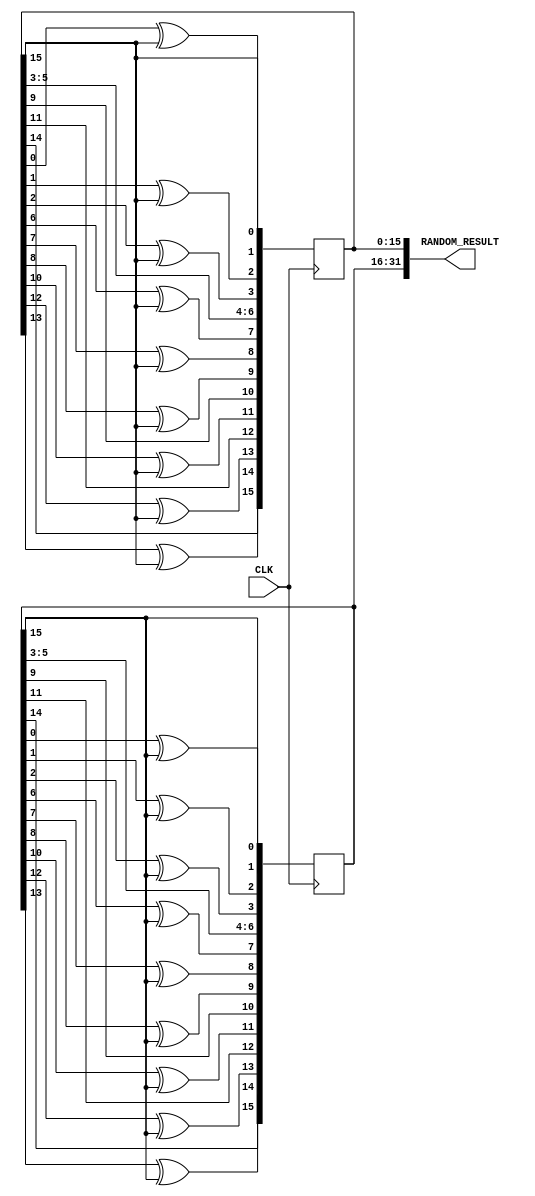
module RandomGenerator(CLK, RANDOM_RESULT);
	input CLK;
	output [31:0]RANDOM_RESULT;

	/*
	011100011101011065535
	*/

	reg [15:0]RANDOM_RESULT1 = 16'hf073;
	always @(posedge CLK)begin
		RANDOM_RESULT1[0] <= RANDOM_RESULT1[15];
		RANDOM_RESULT1[1] <= RANDOM_RESULT1[0] ^ RANDOM_RESULT1[15];
		RANDOM_RESULT1[2] <= RANDOM_RESULT1[1] ^ RANDOM_RESULT1[15];
		RANDOM_RESULT1[3] <= RANDOM_RESULT1[2] ^ RANDOM_RESULT1[15];
		RANDOM_RESULT1[4] <= RANDOM_RESULT1[3];
		RANDOM_RESULT1[5] <= RANDOM_RESULT1[4];
		RANDOM_RESULT1[6] <= RANDOM_RESULT1[5];
		RANDOM_RESULT1[7] <= RANDOM_RESULT1[6] ^ RANDOM_RESULT1[15];
		RANDOM_RESULT1[8] <= RANDOM_RESULT1[7] ^ RANDOM_RESULT1[15];
		RANDOM_RESULT1[9] <= RANDOM_RESULT1[8] ^ RANDOM_RESULT1[15];
		RANDOM_RESULT1[10] <= RANDOM_RESULT1[9];
		RANDOM_RESULT1[11] <= RANDOM_RESULT1[10] ^ RANDOM_RESULT1[15];
		RANDOM_RESULT1[12] <= RANDOM_RESULT1[11];
		RANDOM_RESULT1[13] <= RANDOM_RESULT1[12] ^ RANDOM_RESULT1[15];
		RANDOM_RESULT1[14] <= RANDOM_RESULT1[13] ^ RANDOM_RESULT1[15];
		RANDOM_RESULT1[15] <= RANDOM_RESULT1[14];
	end

	reg [15:0]RANDOM_RESULT2 = 16'h004a;
	always @(posedge CLK)begin
		RANDOM_RESULT2[0] <= RANDOM_RESULT2[15];
		RANDOM_RESULT2[1] <= RANDOM_RESULT2[0] ^ RANDOM_RESULT2[15];
		RANDOM_RESULT2[2] <= RANDOM_RESULT2[1] ^ RANDOM_RESULT2[15];
		RANDOM_RESULT2[3] <= RANDOM_RESULT2[2] ^ RANDOM_RESULT2[15];
		RANDOM_RESULT2[4] <= RANDOM_RESULT2[3];
		RANDOM_RESULT2[5] <= RANDOM_RESULT2[4];
		RANDOM_RESULT2[6] <= RANDOM_RESULT2[5];
		RANDOM_RESULT2[7] <= RANDOM_RESULT2[6] ^ RANDOM_RESULT2[15];
		RANDOM_RESULT2[8] <= RANDOM_RESULT2[7] ^ RANDOM_RESULT2[15];
		RANDOM_RESULT2[9] <= RANDOM_RESULT2[8] ^ RANDOM_RESULT2[15];
		RANDOM_RESULT2[10] <= RANDOM_RESULT2[9];
		RANDOM_RESULT2[11] <= RANDOM_RESULT2[10] ^ RANDOM_RESULT2[15];
		RANDOM_RESULT2[12] <= RANDOM_RESULT2[11];
		RANDOM_RESULT2[13] <= RANDOM_RESULT2[12] ^ RANDOM_RESULT2[15];
		RANDOM_RESULT2[14] <= RANDOM_RESULT2[13] ^ RANDOM_RESULT2[15];
		RANDOM_RESULT2[15] <= RANDOM_RESULT2[14];
	end

	assign RANDOM_RESULT = {RANDOM_RESULT1, RANDOM_RESULT2};
endmodule